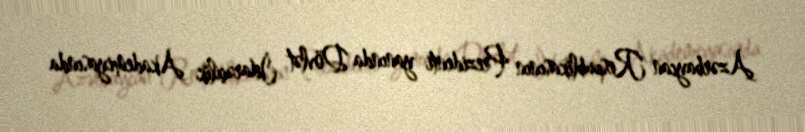
Azərbaycan Respublikasının Prezidenti yanında Dövlət İdarəçilik Akademiyasında